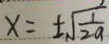
x = \pm \sqrt { \frac { 1 } { 2 a } }